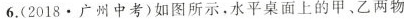
6.(2018.广州中考)如图所示，水平桌面上的甲、乙两物